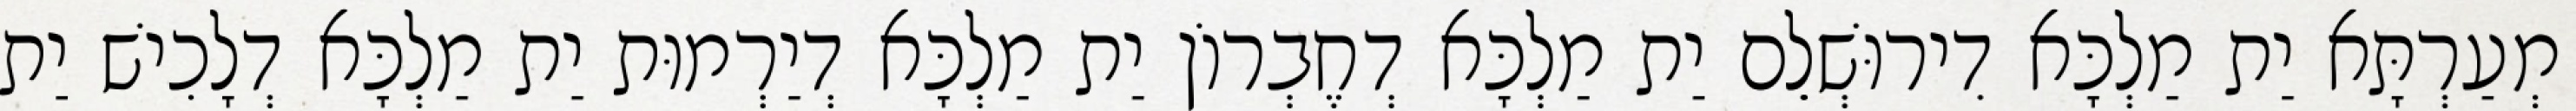
מְעַרְתָּא יַת מַלְכָּא דִירוּשְׁלֵם יַת מַלְכָּא דְחֶבְרוֹן יַת מַלְכָּא דְיַרְמוּת יַת מַלְכָּא דְלָכִישׁ יַת